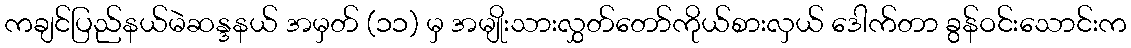
ကချင်ပြည်နယ်မဲဆန္ဒနယ် အမှတ် (၁၁) မှ အမျိုးသားလွှတ်တော်ကိုယ်စားလှယ် ဒေါက်တာ ခွန်ဝင်းသောင်းက